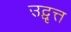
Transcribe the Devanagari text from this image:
उद्वृत्त